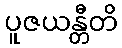
ပူဇယန္တီတိ